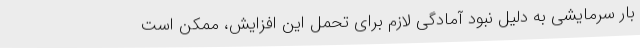
بار سرمایشی به دلیل نبود آمادگی لازم برای تحمل این افزایش، ممکن است